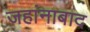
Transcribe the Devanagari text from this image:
जहांनाबाद